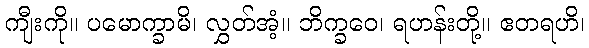
ကျီးကို။ ပမောက္ခာမိ၊ လွှတ်အံ့။ ဘိက္ခဝေ၊ ရဟန်းတို့။ ဧတရဟိ၊